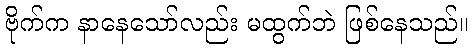
ဗိုက်က နာနေသော်လည်း မထွက်ဘဲ ဖြစ်နေသည်။